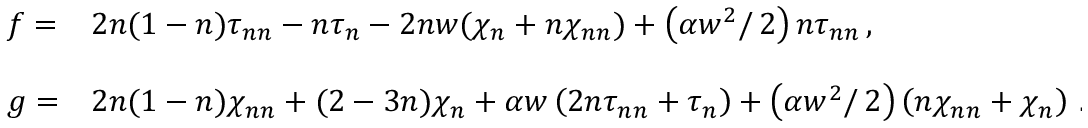
\begin{array} { l l } { { \displaystyle { f = } } } & { { \displaystyle { 2 n ( 1 - n ) \tau _ { n n } - n \tau _ { n } - 2 n w ( \chi _ { n } + n \chi _ { n n } ) + \left( \alpha w ^ { 2 } / \, 2 \right) n \tau _ { n n } \, , } } } \\ { { \mathrm { } } } \\ { { \displaystyle { g = } } } & { { \displaystyle { 2 n ( 1 - n ) \chi _ { n n } + ( 2 - 3 n ) \chi _ { n } + \alpha w \left( 2 n \tau _ { n n } + \tau _ { n } \right) + \left( \alpha w ^ { 2 } / \, 2 \right) \left( n \chi _ { n n } + \chi _ { n } \right) \, . } } } \end{array}